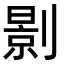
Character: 㔀